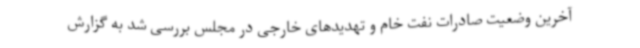
آخرین وضعیت صادرات نفت خام و تهدیدهای خارجی در مجلس بررسی شد به گزارش